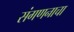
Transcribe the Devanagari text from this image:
संगणनाचा